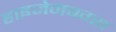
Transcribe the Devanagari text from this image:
हाइजेनबग्स